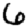
Digit: 6